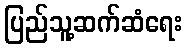
ပြည်သူ့ဆက်ဆံရေး